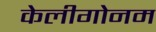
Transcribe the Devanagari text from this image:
केलीगोनम